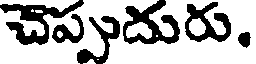
చెప్పుదురు.